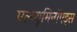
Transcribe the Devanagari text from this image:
एल्ब्यूमिनॉएड्स